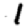
Digit: 1